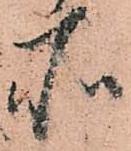
所